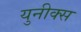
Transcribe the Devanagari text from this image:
युनीक्स